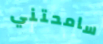
سامحتني